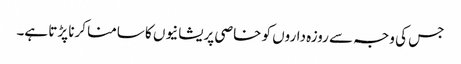
جس کی وجہ سے روزہ داروں کو خاصی پریشانیوں کا سامنا کرنا پڑتا ہے۔